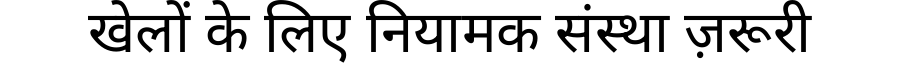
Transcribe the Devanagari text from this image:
खेलों के लिए नियामक संस्था ज़रूरी